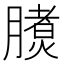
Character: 𣎧